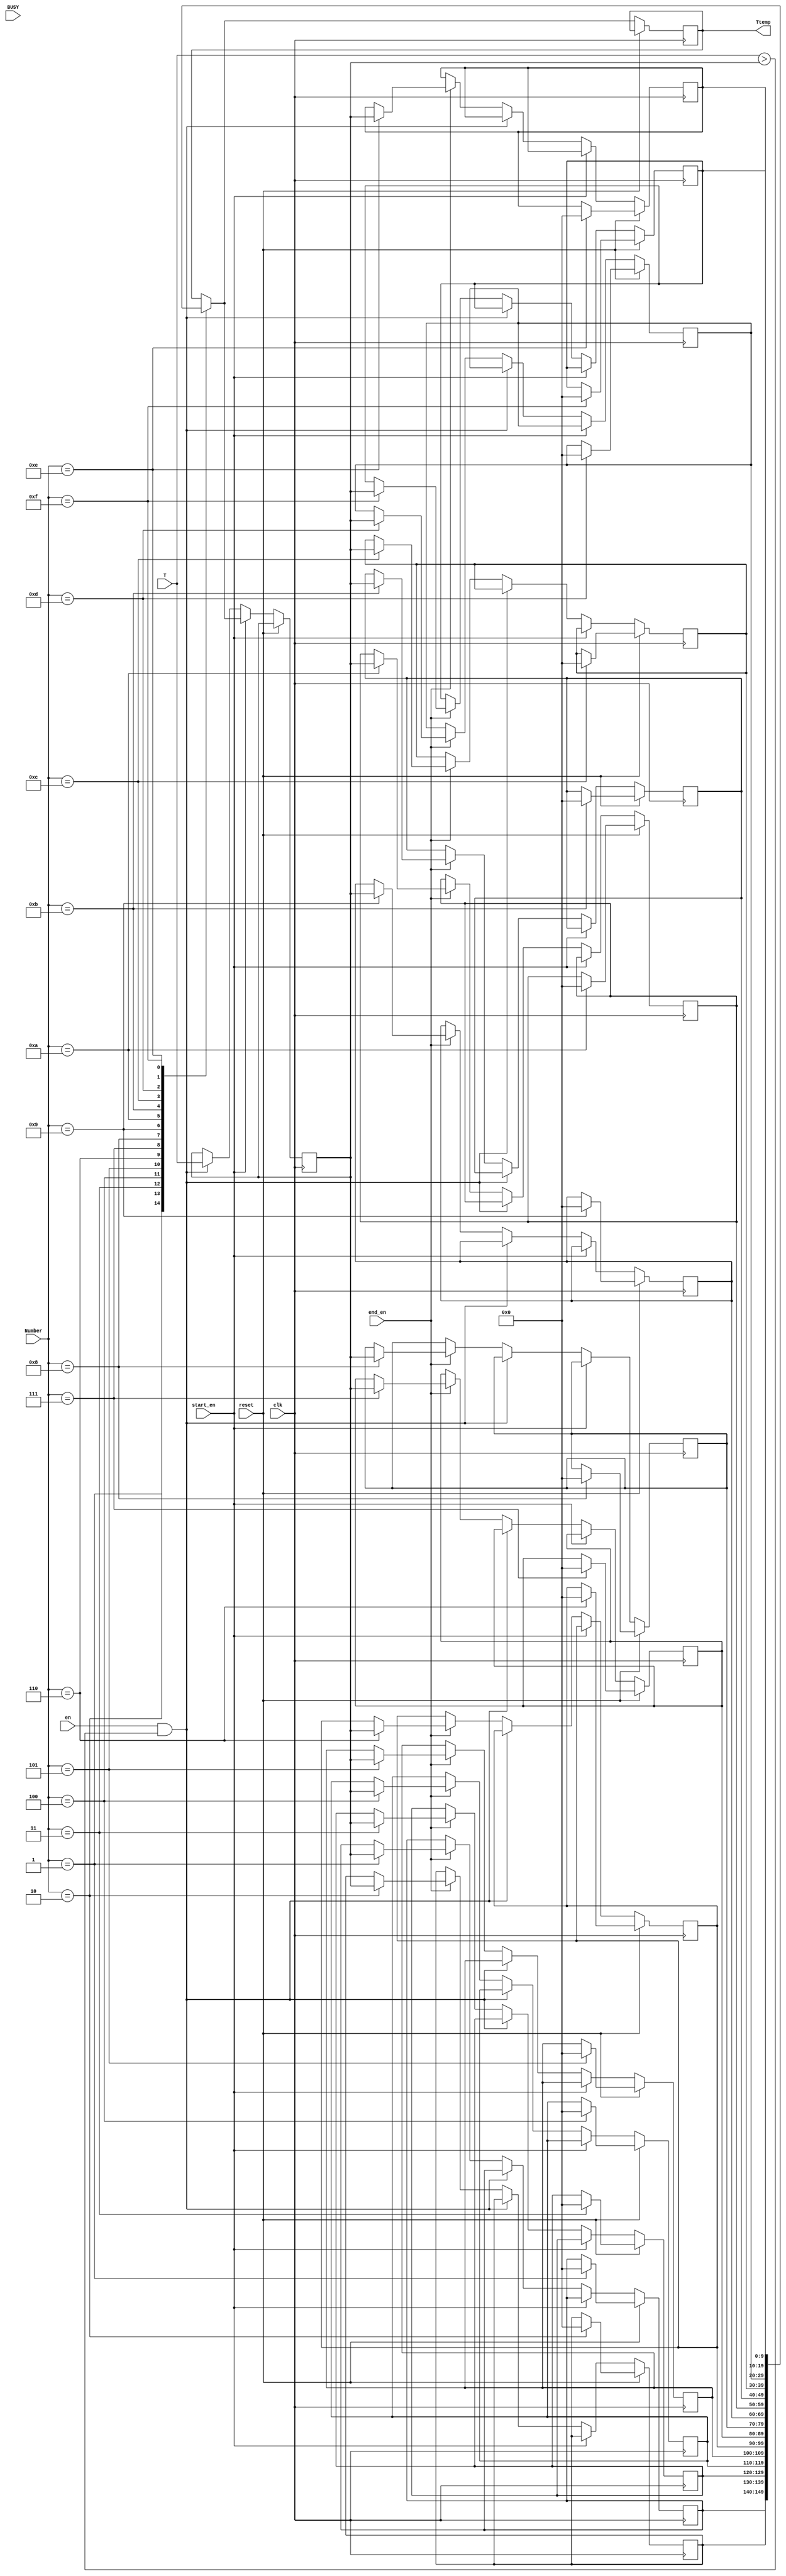
module Tmax_Targets(
	input wire [9:0] T,
	input wire clk,
	input wire start_en,
	input wire en,
	input wire end_en,
	input wire reset,
	input wire [3:0] Number,
	input wire BUSY,
	output reg [9:0] Ttemp
	);
reg [9:0]Tmax1_ = 10'd0;
reg [9:0]Tmax2_ = 10'd0;
reg [9:0]Tmax3_ = 10'd0;
reg [9:0]Tmax4_ = 10'd0;
reg [9:0]Tmax5_ = 10'd0;
reg [9:0]Tmax6_ = 10'd0;
reg [9:0]Tmax7_ = 10'd0;
reg [9:0]Tmax8_ = 10'd0;
reg [9:0]Tmax9_ = 10'd0;
reg [9:0]Tmax10_ = 10'd0;
reg [9:0]Tmax11_ = 10'd0;
reg [9:0]Tmax12_ = 10'd0;
reg [9:0]Tmax13_ = 10'd0;
reg [9:0]Tmax14_ = 10'd0;
reg [9:0]Tmax15_ = 10'd0;

reg [9:0] Tcompare;
	
always @(posedge clk) begin
if ((reset==1)) begin
 	case (Number)
		1: Tmax1_ <= 0;
		2: Tmax2_ <= 0;
		3: Tmax3_ <= 0;
		4: Tmax4_ <= 0;
		5: Tmax5_ <= 0;
		6: Tmax6_ <= 0;
		7: Tmax7_ <= 0;
		8: Tmax8_ <= 0;
		9: Tmax9_ <= 0;
		10: Tmax10_ <= 0;
		11: Tmax11_ <= 0;
		12: Tmax12_ <= 0;
		13: Tmax13_ <= 0;
		14: Tmax14_ <= 0;
		15: Tmax15_ <= 0;
	endcase;
end
else begin
// 
 	case (Number)
		1: Ttemp = Tmax1_;
		2: Ttemp = Tmax2_;
		3: Ttemp = Tmax3_;
		4: Ttemp = Tmax4_;		
		5: Ttemp = Tmax5_;
		6: Ttemp = Tmax6_;		
		7: Ttemp = Tmax7_;
		8: Ttemp = Tmax8_;		
		9: Ttemp = Tmax9_;
		10: Ttemp = Tmax10_;		
		11: Ttemp = Tmax11_;
		12: Ttemp = Tmax12_;		
		13: Ttemp = Tmax13_;
		14: Ttemp = Tmax14_;		
		15: Ttemp = Tmax15_;
	endcase;
	// 
	if (start_en==1) 
		Tcompare <= Ttemp;
	//   
	else if ((en==1)&&(T > Tcompare)) 
		Tcompare <= T;
	//  
	else if (end_en==1) begin
		case (Number)
			1: Tmax1_ <= Tcompare;
			2: Tmax2_ <= Tcompare;
			3: Tmax3_ <= Tcompare;
			4: Tmax4_ <= Tcompare;
			5: Tmax5_ <= Tcompare;
			6: Tmax6_ <= Tcompare;
			7: Tmax7_ <= Tcompare;
			8: Tmax8_ <= Tcompare;
			9: Tmax9_ <= Tcompare;
			10: Tmax10_ <= Tcompare;
			11: Tmax11_ <= Tcompare;
			12: Tmax12_ <= Tcompare;
			13: Tmax13_ <= Tcompare;
			14: Tmax14_ <= Tcompare;
			15: Tmax15_ <= Tcompare;
		endcase;
	end;
end
end
endmodule